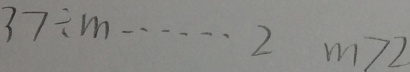
3 7 \div m \cdots 2 m > 2